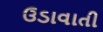
ઉડાવાતી